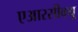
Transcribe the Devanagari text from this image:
एआरसीक्यू